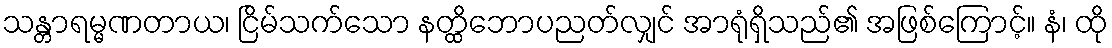
သန္တာရမ္မဏတာယ၊ ငြိမ်သက်သော နတ္ထိဘောပညတ်လျှင် အာရုံရှိသည်၏ အဖြစ်ကြောင့်။ နံ၊ ထို